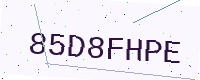
Text: 85D8FHPE